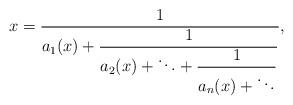
LaTeX: \begin{align*}x = \dfrac{1}{a_1(x) +\dfrac{1}{a_2(x) + \ddots +\dfrac{1}{a_n(x)+ \ddots}}},\end{align*}